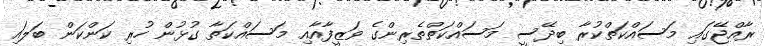
ރާއްޖޭގައި މަސައްކަތްކުރާ ބިދޭސީ މަސައްކަތްތެރިންގެ ވަޒީފާއާއި މަސައްކަތާ ގުޅުން ހުރި ކަންކަން ބަލައި